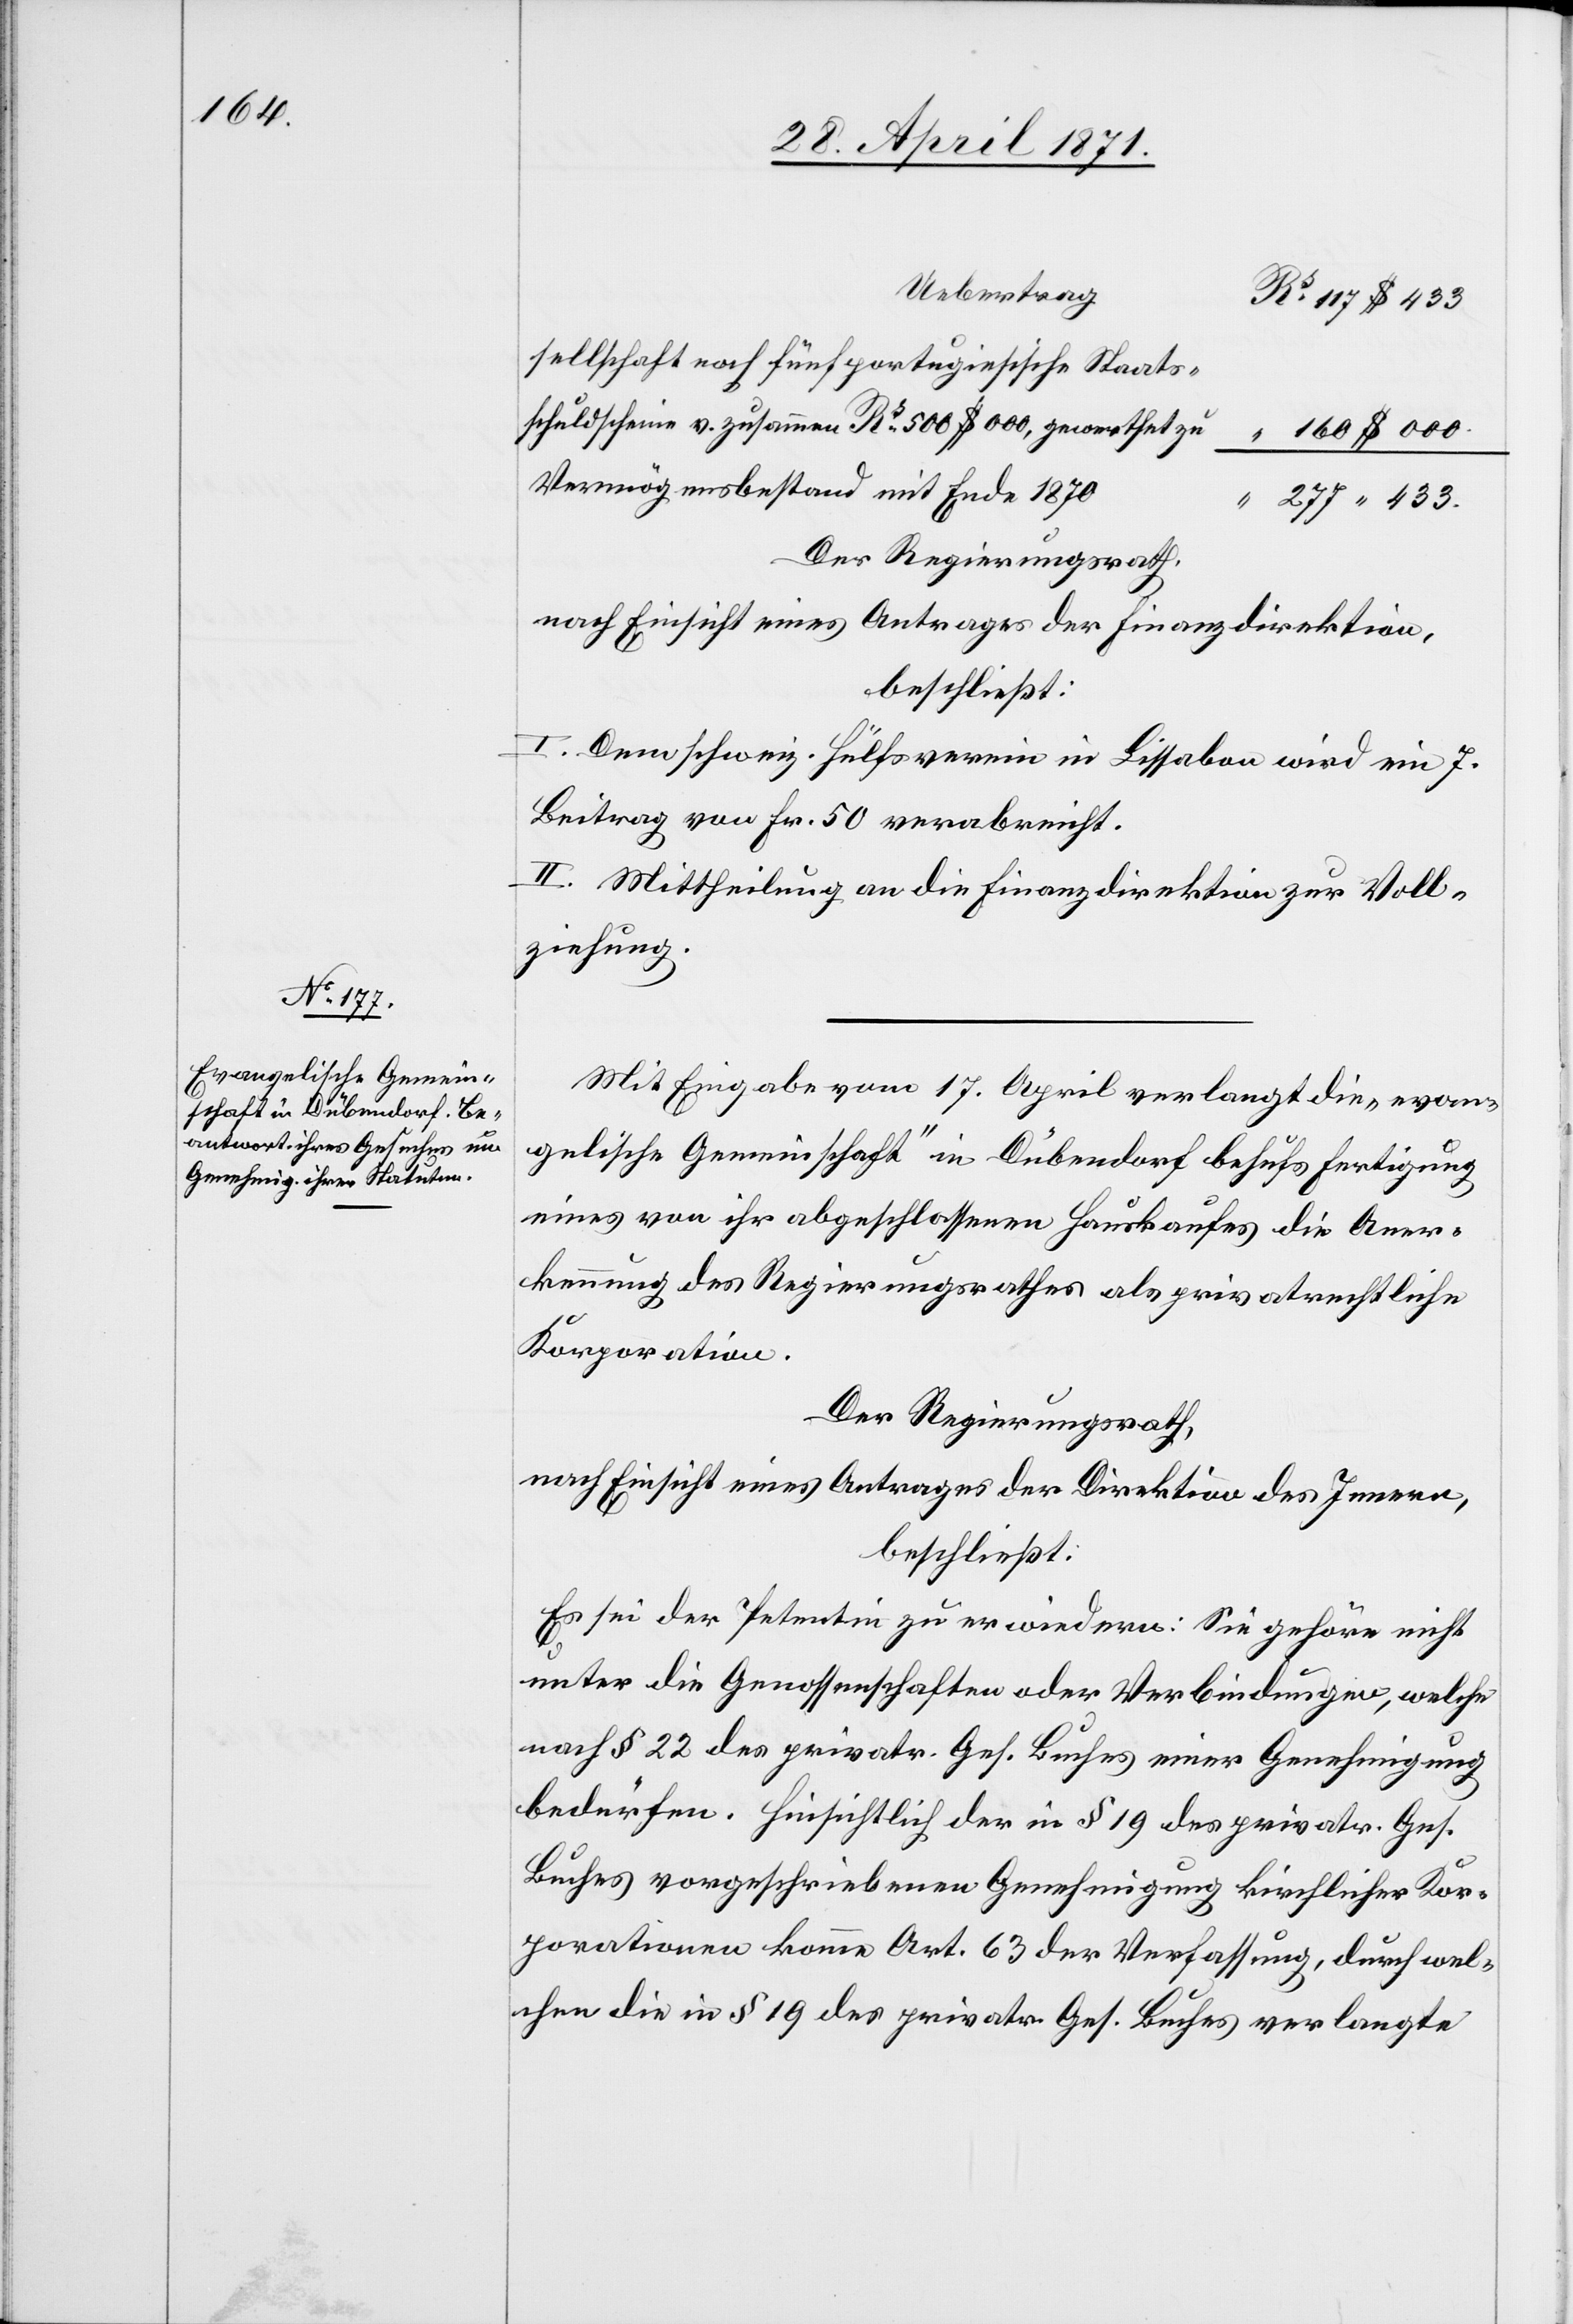
Staats¬
schuldscheine v. zusammen Rs. 500 $
“ 160 $ 000.
Vermögensbestand mit Ende 1870
“ 277 “ 433.
Der Regierungsrath,
nach Einsicht eines Antrages der Finanzdirektion,
beschließt:
I. Dem schweiz. Hülfsverein in Lissabon wird ein 7.
Beitrag von Fr. 50 verabreicht.
II. Mittheilung an die Finanzdirektion zur Voll¬
ziehung.
Mit Eingabe vom 17. April verlangt die „evan¬
gelische Gemeinschaft“ in Dübendorf behufs Fertigung
eines von ihr abgeschlossenen Hauskaufes die Aner¬
kennung des Regierungsrathes als privatrechtliche
Korporation.
Der Regierungsrath,
nach Einsicht eines Antrages der Direktion des Innern,
beschließt:
Es sei der Petentin zu erwiedern: Sie gehöre nicht
unter die Genossenschaften oder Verbindungen, welche
nach § 22 des privatr. Ges. Buches einer Genehmigung
bedürfen. Hinsichtlich der in § 19 des privatr. Ges.
Buches vorgeschriebenen Genehmigung kirchlicher Kor¬
porationen komme Art. 63 der Verfassung, durch wel¬
chen die in § 19 des privatr. Ges. Buches verlangte